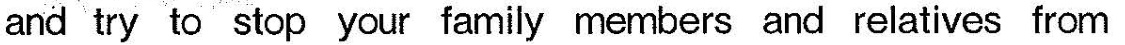
and try to stop your family members and relatives from